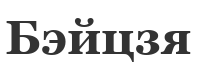
Бэйцзя